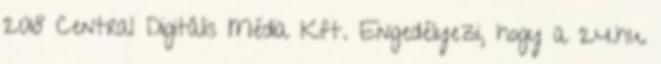
2018 Central Digitális Média Kft. Engedélyezi, hogy a 24.hu